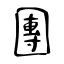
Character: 團